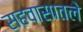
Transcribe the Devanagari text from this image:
सहवासातले